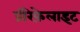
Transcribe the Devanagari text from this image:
प्रीरेफ़ेलाइट